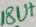
Text: 18V+